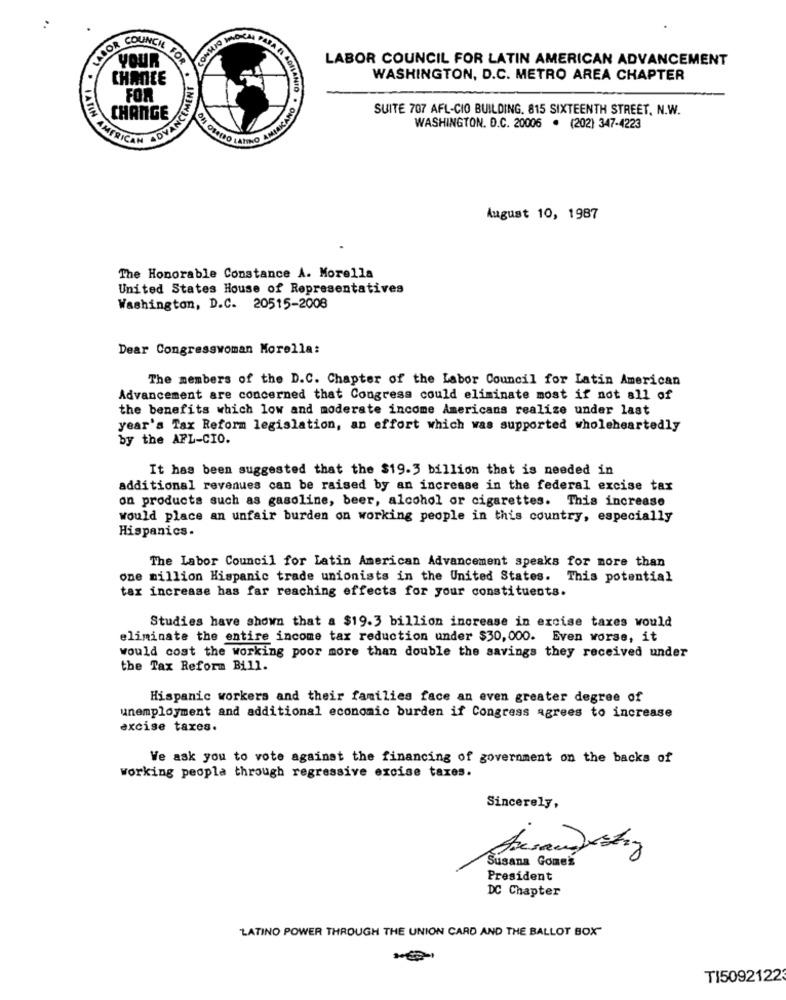
MAJOR COUNCIL TO
YOUR
OMNOS
LABOR COUNCIL FOR LATIN AMERICAN ADVANCEMENT
CHATICE
WASHINGTON, D.C. METRO AREA CHAPTER
FOR
SUITE 707 AFL-CIO BUILDING. 815 SIXTEENTH STREET. N.W.
CHANGE
WASHINGTON, D.C. 20006 . (202) 347-4223
A FIN AMERICAN
August 10, 1987
The Honorable Constance A. Morella
United States House of Representatives
Washington, D.C. 20515-2008
Dear Congresswoman Morella:
The members of the D.C. Chapter of the Labor Council for Latin American
Advancement are concerned that Congress could eliminate most if not all of
the benefits which low and moderate income Americans realize under last
year's Tax Reform legislation, an effort which was supported wholeheartedly
by the AFL-CIO.
It has been suggested that the $19.3 billion that is needed in
additional revenues can be raised by an increase in the federal excise tax
on products such as gasoline, beer, alcohol or cigarettes. This increase
would place an unfair burden on working people in this country, especially
Hispanics.
The Labor Council for Latin American Advancement speaks for more than
one million Hispanic trade unionists in the United States. This potential
tax increase has far reaching effects for your constituents.
Studies have shown that a $19.3 billion increase in excise taxes would
eliminate the entire income tax reduction under $30,000. Even worse, it
would cost the working poor more than double the savings they received under
the Tax Reform Bill.
Hispanic workers and their families face an even greater degree of
unemployment and additional economic burden if Congress agrees to increase
excise taxes.
We ask you to vote against the financing of government on the backs of
working people through regressive excise taxes.
Sincerely,
Arsaw) stay
Susana Gomes
President
DC Chapter
LATINO POWER THROUGH THE UNION CARD AND THE BALLOT BOX"
TI5092122